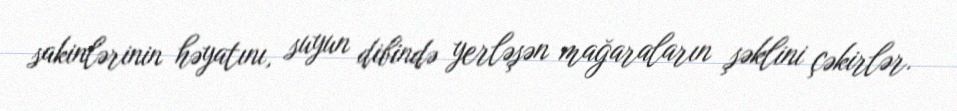
sakinlərinin həyatını, suyun dibində yerləşən mağaraların şəklini çəkirlər.